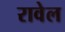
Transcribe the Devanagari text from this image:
रावेल